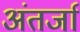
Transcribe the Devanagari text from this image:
अंतर्जा